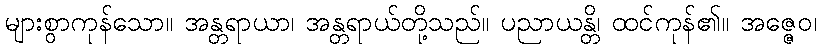
များစွာကုန်သော။ အန္တရာယာ၊ အန္တရာယ်တို့သည်။ ပညာယန္တိ၊ ထင်ကုန်၏။ အဇ္ဇေဝ၊